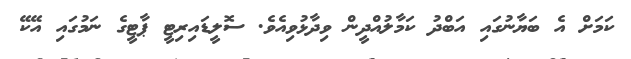
ކަމަށް އެ ބަޔާނުގައި އަބްދު ކަމާލުއްދީން ވިދާޅުވިއެވެ. ސޮލީޑައިރިޓީ ޕާޓީގެ ނަމުގައި އޭކޭ